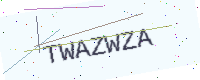
Text: TWAZWZA